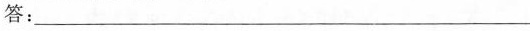
答：___